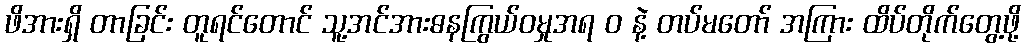
ဖိအားရှိ တာခြင်း တူရင်တောင် သူ့အင်အားဓနကြွယ်ဝမှုအရ ၀ နဲ့ တပ်မတော် အကြား ထိပ်တိုက်တွေ့ဖို့